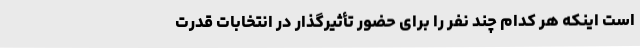
است اینکه هر کدام چند نفر را برای حضور تأثیرگذار در انتخابات قدرت